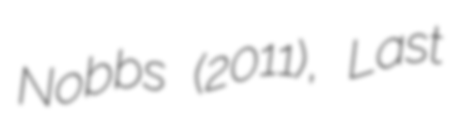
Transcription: Nobbs (2011), Last